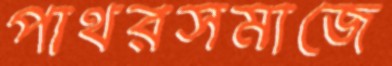
পাথরসমাজে